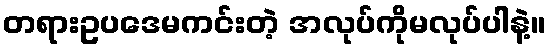
တရားဥပဒေမကင်းတဲ့ အလုပ်ကိုမလုပ်ပါနဲ့။